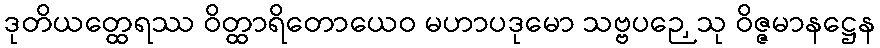
ဒုတိယတ္ထေရဿ ဝိတ္ထာရိတောယေဝ မဟာပဒုမော သဗ္ဗပဉှေသု ဝိဇ္ဇမာနဋ္ဌေန